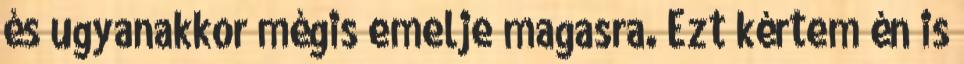
és ugyanakkor mégis emelje magasra. Ezt kértem én is